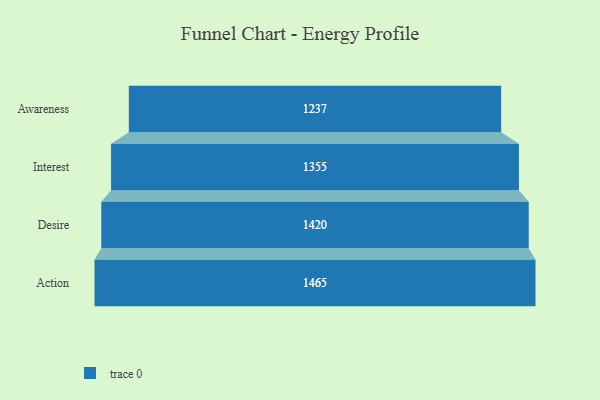
{"axis": {"x": "Stage", "y": "Value"}, "legend": [""], "data": [{"x": "Awareness", "y": 1237.0, "type": ""}, {"x": "Interest", "y": 1355.0, "type": ""}, {"x": "Desire", "y": 1420.0, "type": ""}, {"x": "Action", "y": 1465.0, "type": ""}]}